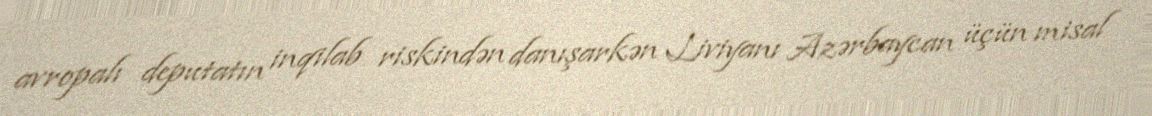
avropalı deputatın inqilab riskindən danışarkən Liviyanı Azərbaycan üçün misal